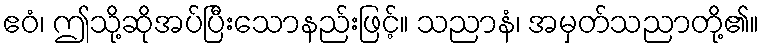
ဧဝံ၊ ဤသို့ဆိုအပ်ပြီးသောနည်းဖြင့်။ သညာနံ၊ အမှတ်သညာတို့၏။